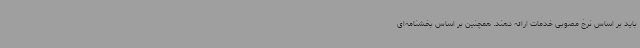
باید بر اساس نرخ مصوبی خدمات ارائه دهند. همچنین بر اساس بخشنامه‌ای